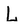
Character: L